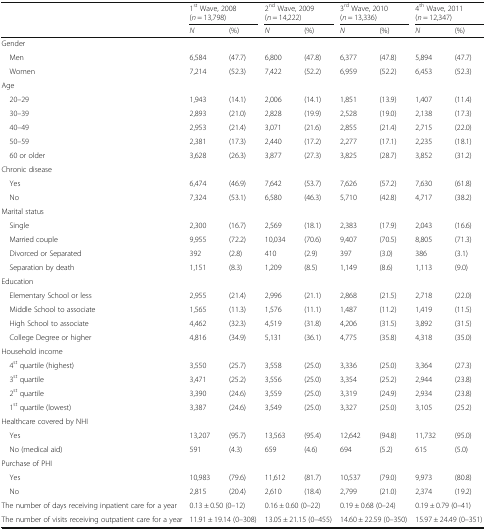
<table><thead><tr><td rowspan="2">[EMPTY_CELL]</td><td colspan="2"><b>1<sup>st</sup> Wave, 2008 (<i>n</i> = 13,798)</b></td><td colspan="2"><b>2<sup>nd</sup> Wave, 2009 (<i>n</i> = 14,222)</b></td><td colspan="2"><b>3<sup>rd</sup> Wave, 2010 (<i>n</i> = 13,336)</b></td><td colspan="2"><b>4<sup>th</sup> Wave, 2011 (<i>n</i> = 12,347)</b></td></tr><tr><td><b><i>N</i></b></td><td><b>(%)</b></td><td><b><i>N</i></b></td><td><b>(%)</b></td><td><b><i>N</i></b></td><td><b>(%)</b></td><td><b><i>N</i></b></td><td><b>(%)</b></td></tr></thead><tbody><tr><td colspan="9">Gender</td></tr><tr><td> Men</td><td>6,584</td><td>(47.7)</td><td>6,800</td><td>(47.8)</td><td>6,377</td><td>(47.8)</td><td>5,894</td><td>(47.7)</td></tr><tr><td> Women</td><td>7,214</td><td>(52.3)</td><td>7,422</td><td>(52.2)</td><td>6,959</td><td>(52.2)</td><td>6,453</td><td>(52.3)</td></tr><tr><td colspan="9">Age</td></tr><tr><td> 20–29</td><td>1,943</td><td>(14.1)</td><td>2,006</td><td>(14.1)</td><td>1,851</td><td>(13.9)</td><td>1,407</td><td>(11.4)</td></tr><tr><td> 30–39</td><td>2,893</td><td>(21.0)</td><td>2,828</td><td>(19.9)</td><td>2,528</td><td>(19.0)</td><td>2,138</td><td>(17.3)</td></tr><tr><td> 40–49</td><td>2,953</td><td>(21.4)</td><td>3,071</td><td>(21.6)</td><td>2,855</td><td>(21.4)</td><td>2,715</td><td>(22.0)</td></tr><tr><td> 50–59</td><td>2,381</td><td>(17.3)</td><td>2,440</td><td>(17.2)</td><td>2,277</td><td>(17.1)</td><td>2,235</td><td>(18.1)</td></tr><tr><td> 60 or older</td><td>3,628</td><td>(26.3)</td><td>3,877</td><td>(27.3)</td><td>3,825</td><td>(28.7)</td><td>3,852</td><td>(31.2)</td></tr><tr><td colspan="9">Chronic disease</td></tr><tr><td> Yes</td><td>6,474</td><td>(46.9)</td><td>7,642</td><td>(53.7)</td><td>7,626</td><td>(57.2)</td><td>7,630</td><td>(61.8)</td></tr><tr><td> No</td><td>7,324</td><td>(53.1)</td><td>6,580</td><td>(46.3)</td><td>5,710</td><td>(42.8)</td><td>4,717</td><td>(38.2)</td></tr><tr><td colspan="9">Marital status</td></tr><tr><td> Single</td><td>2,300</td><td>(16.7)</td><td>2,569</td><td>(18.1)</td><td>2,383</td><td>(17.9)</td><td>2,043</td><td>(16.6)</td></tr><tr><td> Married couple</td><td>9,955</td><td>(72.2)</td><td>10,034</td><td>(70.6)</td><td>9,407</td><td>(70.5)</td><td>8,805</td><td>(71.3)</td></tr><tr><td> Divorced or Separated</td><td>392</td><td>(2.8)</td><td>410</td><td>(2.9)</td><td>397</td><td>(3.0)</td><td>386</td><td>(3.1)</td></tr><tr><td> Separation by death</td><td>1,151</td><td>(8.3)</td><td>1,209</td><td>(8.5)</td><td>1,149</td><td>(8.6)</td><td>1,113</td><td>(9.0)</td></tr><tr><td colspan="9">Education</td></tr><tr><td> Elementary School or less</td><td>2,955</td><td>(21.4)</td><td>2,996</td><td>(21.1)</td><td>2,868</td><td>(21.5)</td><td>2,718</td><td>(22.0)</td></tr><tr><td> Middle School to associate</td><td>1,565</td><td>(11.3)</td><td>1,576</td><td>(11.1)</td><td>1,487</td><td>(11.2)</td><td>1,419</td><td>(11.5)</td></tr><tr><td> High School to associate</td><td>4,462</td><td>(32.3)</td><td>4,519</td><td>(31.8)</td><td>4,206</td><td>(31.5)</td><td>3,892</td><td>(31.5)</td></tr><tr><td> College Degree or higher</td><td>4,816</td><td>(34.9)</td><td>5,131</td><td>(36.1)</td><td>4,775</td><td>(35.8)</td><td>4,318</td><td>(35.0)</td></tr><tr><td colspan="9">Household income</td></tr><tr><td> 4<sup>st</sup> quartile (highest)</td><td>3,550</td><td>(25.7)</td><td>3,558</td><td>(25.0)</td><td>3,336</td><td>(25.0)</td><td>3,364</td><td>(27.3)</td></tr><tr><td> 3<sup>st</sup> quartile</td><td>3,471</td><td>(25.2)</td><td>3,556</td><td>(25.0)</td><td>3,354</td><td>(25.2)</td><td>2,944</td><td>(23.8)</td></tr><tr><td> 2<sup>st</sup> quartile</td><td>3,390</td><td>(24.6)</td><td>3,559</td><td>(25.0)</td><td>3,319</td><td>(24.9)</td><td>2,934</td><td>(23.8)</td></tr><tr><td> 1<sup>st</sup> quartile (lowest)</td><td>3,387</td><td>(24.6)</td><td>3,549</td><td>(25.0)</td><td>3,327</td><td>(25.0)</td><td>3,105</td><td>(25.2)</td></tr><tr><td colspan="9">Healthcare covered by NHI</td></tr><tr><td> Yes</td><td>13,207</td><td>(95.7)</td><td>13,563</td><td>(95.4)</td><td>12,642</td><td>(94.8)</td><td>11,732</td><td>(95.0)</td></tr><tr><td> No (medical aid)</td><td>591</td><td>(4.3)</td><td>659</td><td>(4.6)</td><td>694</td><td>(5.2)</td><td>615</td><td>(5.0)</td></tr><tr><td colspan="9">Purchase of PHI</td></tr><tr><td> Yes</td><td>10,983</td><td>(79.6)</td><td>11,612</td><td>(81.7)</td><td>10,537</td><td>(79.0)</td><td>9,973</td><td>(80.8)</td></tr><tr><td> No</td><td>2,815</td><td>(20.4)</td><td>2,610</td><td>(18.4)</td><td>2,799</td><td>(21.0)</td><td>2,374</td><td>(19.2)</td></tr><tr><td>The number of days receiving inpatient care for a year</td><td colspan="2">0.13 ± 0.50 (0–12)</td><td colspan="2">0.16 ± 0.60 (0–22)</td><td colspan="2">0.19 ± 0.68 (0–24)</td><td colspan="2">0.19 ± 0.79 (0–41)</td></tr><tr><td>The number of visits receiving outpatient care for a year</td><td colspan="2">11.91 ± 19.14 (0–308)</td><td colspan="2">13.05 ± 21.15 (0–455)</td><td colspan="2">14.60 ± 22.59 (0–350)</td><td colspan="2">15.97 ± 24.49 (0–351)</td></tr></tbody></table>